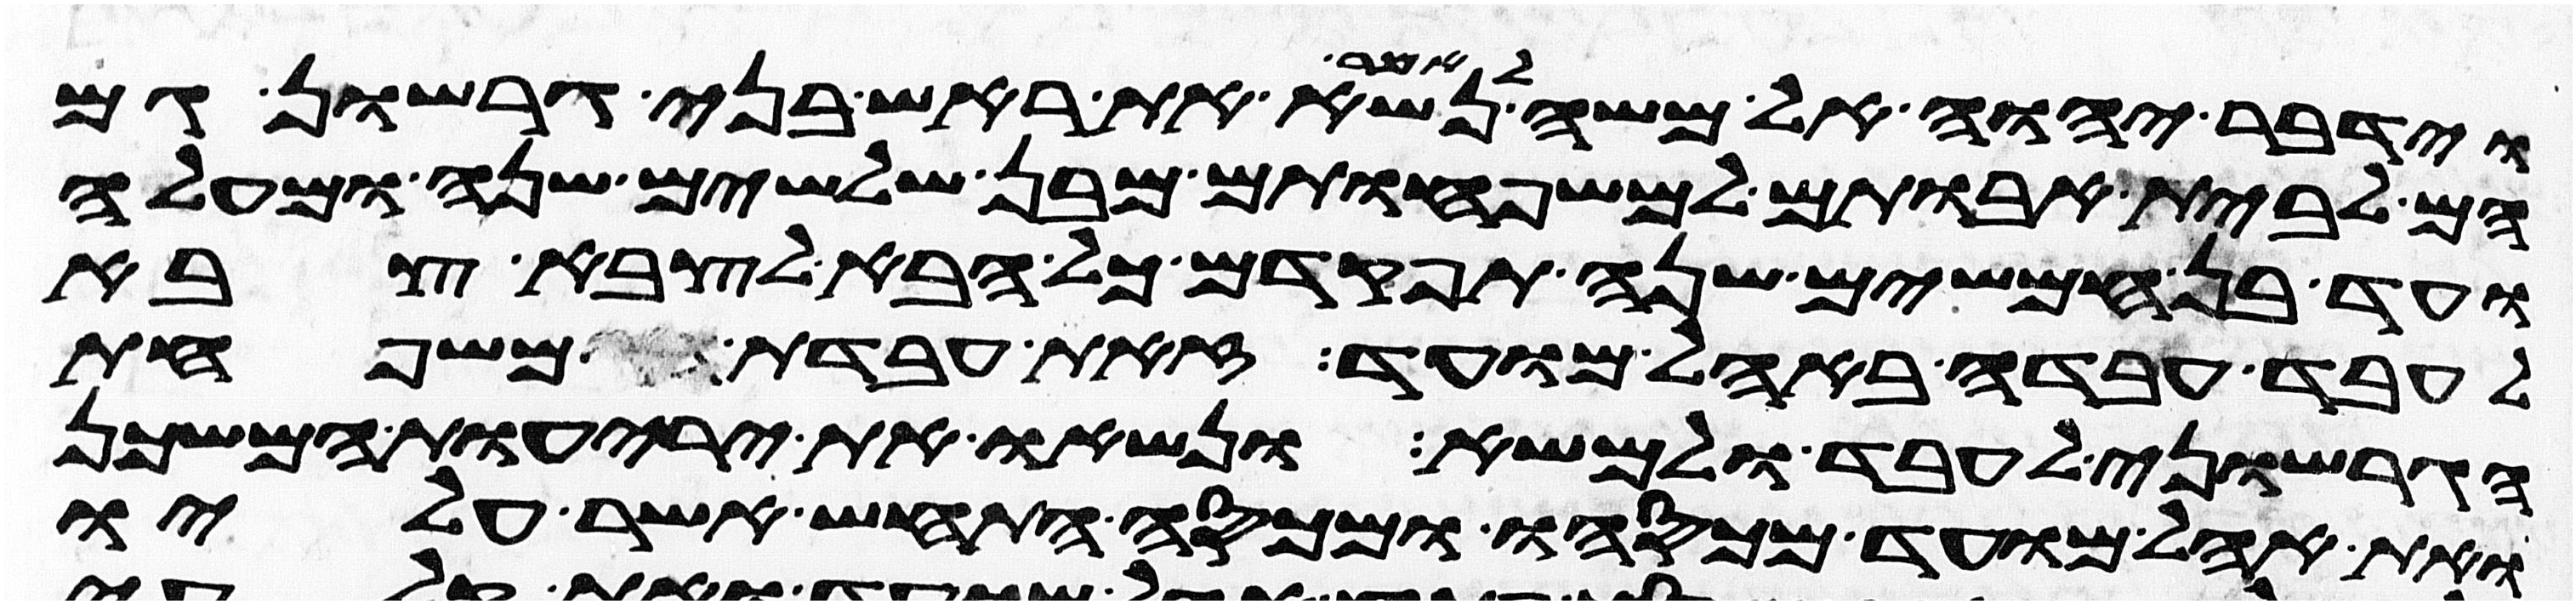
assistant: וידבר יהוה אל משה לאמר נשא את ראש בני גרשון גם
הם לבית אבותם למשפחותם מבן שלשים שנה ומעלה
ועד בן חמשים שנה תפקד אתם כל הבא לצבא צבא
לעבד עבדה באהל מועד זאת עבדת משפחת
הגרשוני לעבד ולמשא ונשאו את יריעות המשכן
ואת אהל מועד מכסהו ומכסה התחש אשר עליו